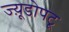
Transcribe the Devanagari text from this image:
ज्य़ूडोपटू